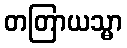
တတြာယသ္မာ